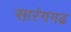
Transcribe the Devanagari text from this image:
सारंगगढ